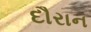
દૌરાન